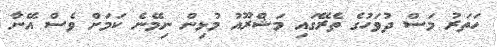
ހަތަރު މަސް ދުވަހުގެ ތެރޭގައި މަޝްރޫއު މުޅިން ނިމޭނެ ކަމަށް ވެސް އޭނާ